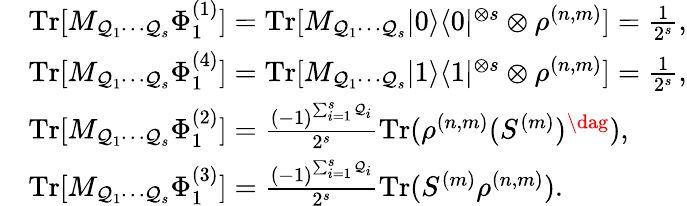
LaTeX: \begin{array}{rl}&{\textrm{Tr}[M_{\mathcal{Q}_{1}\cdots\mathcal{Q}_{s}}\Phi_{1}^{(1)}]=\textrm{Tr}[M_{\mathcal{Q}_{1}\cdots\mathcal{Q}_{s}}|0\rangle\langle 0|^{\otimes s}\otimes\rho^{(n,m)}]=\frac{1}{2^{s}},}\\ &{\textrm{Tr}[M_{\mathcal{Q}_{1}\cdots\mathcal{Q}_{s}}\Phi_{1}^{(4)}]=\textrm{Tr}[M_{\mathcal{Q}_{1}\cdots\mathcal{Q}_{s}}|1\rangle\langle 1|^{\otimes s}\otimes\rho^{(n,m)}]=\frac{1}{2^{s}},}\\ &{\textrm{Tr}[M_{\mathcal{Q}_{1}\cdots\mathcal{Q}_{s}}\Phi_{1}^{(2)}]=\frac{(-1)^{\sum_{i=1}^{s}\mathcal{Q}_{i}}}{2^{s}}\textrm{Tr}(\rho^{(n,m)}(S^{(m)})^{\dag}),}\\ &{\textrm{Tr}[M_{\mathcal{Q}_{1}\cdots\mathcal{Q}_{s}}\Phi_{1}^{(3)}]=\frac{(-1)^{\sum_{i=1}^{s}\mathcal{Q}_{i}}}{2^{s}}\textrm{Tr}(S^{(m)}\rho^{(n,m)}).}\end{array}